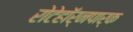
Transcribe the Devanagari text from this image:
रोटेहॉर्नपार्क